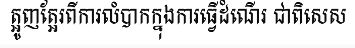
ត្អូញត្អែរពីការលំបាកក្នុងការធ្វើដំណើរ ជាពិសេស